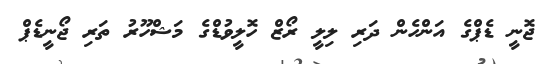
ޖޮނީ ޑެޕްގެ އަންހެން ދަރި ލިލީ ރޯޒް ހޮލީވުޑްގެ މަޝްހޫރު ތަރި ޖޯނީޑެޕް